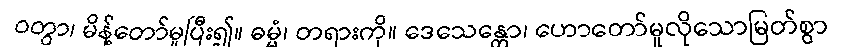
ဝတွာ၊ မိန့်တော်မူပြီး၍။ ဓမ္မံ၊ တရားကို။ ဒေသေန္တော၊ ဟောတော်မူလိုသောမြတ်စွာ